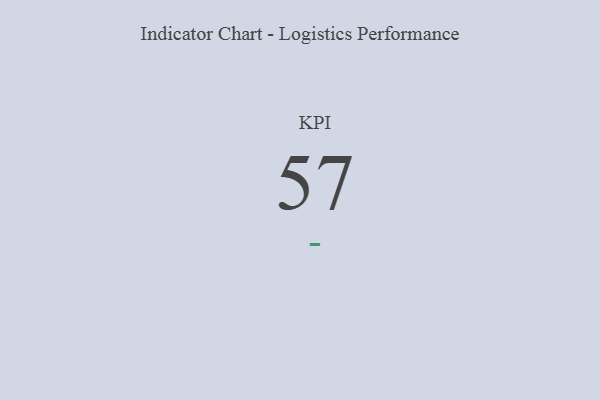
{"axis": {"x": "KPI", "y": "Value"}, "legend": [""], "data": [{"x": "KPI", "y": 57, "type": ""}]}